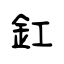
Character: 釭